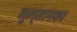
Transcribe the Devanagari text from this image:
सुल्तानका